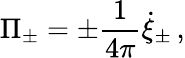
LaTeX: \Pi_{\pm}=\pm{\frac{1}{4\pi}}\dot{\xi}_{\pm}\, ,